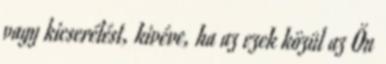
vagy kicserélést, kivéve, ha az ezek közül az Ön